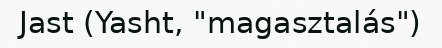
Jast (Yasht, "magasztalás")